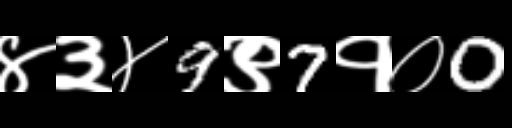
Text: ४३४9९7१०0